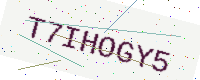
Text: T7IHOGY5